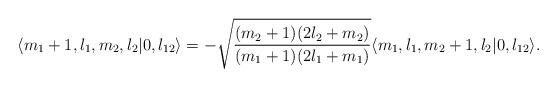
LaTeX: \begin{align*} \langle m_1+1,l_1,m_2,l_2| 0,l_{12} \rangle &= -\sqrt{\frac{(m_2+1)(2l_2+m_2)}{(m_1+1)(2l_1+m_1)}}\langle m_1,l_1,m_2+1,l_2| 0,l_{12} \rangle.\end{align*}